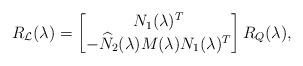
LaTeX: \begin{align*}R_\mathcal{L}(\lambda) = \begin{bmatrix}N_1(\lambda)^T \\-\widehat{N}_2(\lambda)M(\lambda)N_1(\lambda)^T\end{bmatrix}R_Q(\lambda),\end{align*}